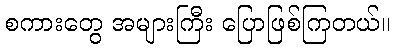
စကားတွေ အများကြီး ပြောဖြစ်ကြတယ်။